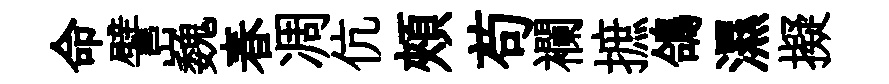
命譬巍春凋伉頰苟襴摭鴿濕擬